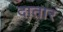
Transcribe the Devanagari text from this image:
दातारं